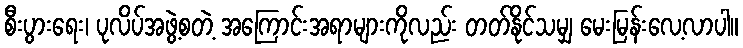
စီးပွားရေး၊ ပုလိပ်အဖွဲ့စတဲ့ အကြောင်းအရာများကိုလည်း တတ်နိုင်သမျှ မေးမြန်းလေ့လာပါ။